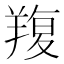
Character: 𦎭